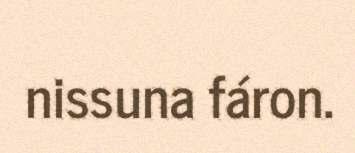
nissuna fáron.